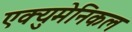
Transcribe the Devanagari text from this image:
एक्युमेनिकल